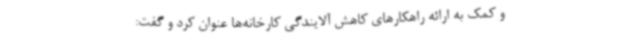
و کمک به ارائه راهکارهای کاهش آلایندگی کارخانه‌ها عنوان کرد و گفت: